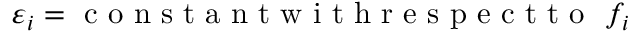
\varepsilon _ { i } = \mathrm { ~ c ~ o ~ n ~ s ~ t ~ a ~ n ~ t ~ w ~ i ~ t ~ h ~ r ~ e ~ s ~ p ~ e ~ c ~ t ~ t ~ o ~ } \ f _ { i }